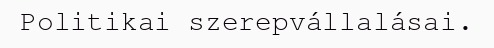
Politikai szerepvállalásai.